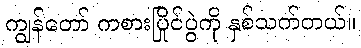
ကျွန်တော် ကစားပြိုင်ပွဲကို နှစ်သက်တယ်။